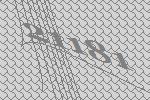
21181